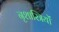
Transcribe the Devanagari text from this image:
नृशास्त्रियों